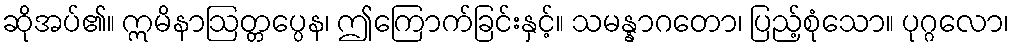
ဆိုအပ်၏။ ဣမိနာဩတ္တပ္ပေန၊ ဤကြောက်ခြင်းနှင့်။ သမန္နာဂတော၊ ပြည့်စုံသော။ ပုဂ္ဂလော၊